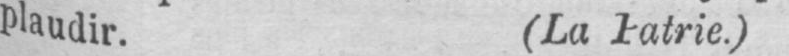
plaudir. (La Patrie.)